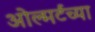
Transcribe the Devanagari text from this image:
ओल्मर्टच्या